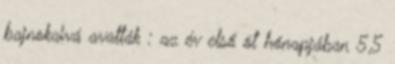
bajnokaivá avatták : az év első öt hónapjában 5,5